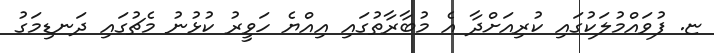
ޏ. ފުވައްމުލަކުގައި ކުރިއަށްދާ އެ މުބާރާތުގައި އިއްޔެ ހަވީރު ކުޅުނު މެޗުގައި ދަނޑިމަގު